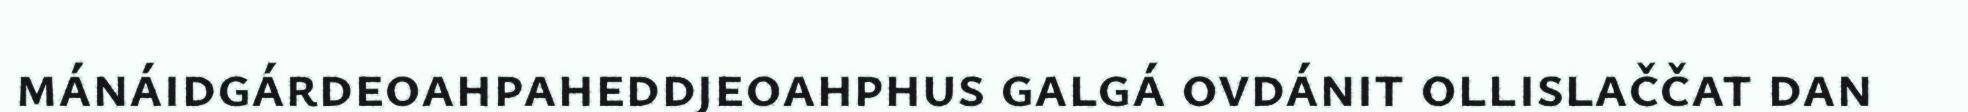
mánáidgárdeoahpaheddjeoahphus galgá ovdánit ollislaččat dan